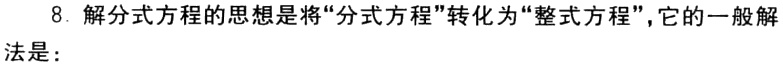
8. 解分式方程的思想是将“分式方程”转化为“整式方程”，它的一般解法是：